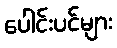
ပေါင်းပင်များ